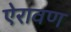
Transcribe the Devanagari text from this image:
ऐरावण